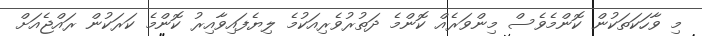
މި ވާހަކަތަކުން ކޮންމެވެސް މިންވަރެއް ކޮންމެ ދަތުރުވެރިއަކުމެ ލިޔެފައިވާއިރު ކޮންމެ ކަރަކުން ރައްޖެއަށް